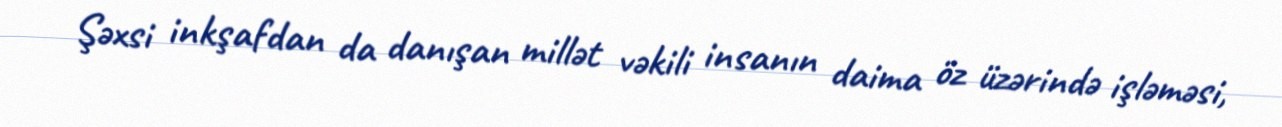
Şəxsi inkşafdan da danışan millət vəkili insanın daima öz üzərində işləməsi,